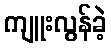
ကျူးလွန်ခဲ့